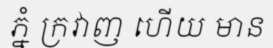
ភ្នំ ក្រវាញ ហើយ មាន